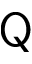
\mathsf Q